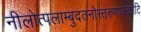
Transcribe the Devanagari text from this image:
नीलोत्पलाम्बुदतनोस्तरुणार्ककोटि